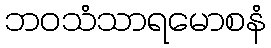
ဘဝသံသာရမောစနံ